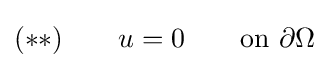
(**)\qquad u=0\qquad {\text{on }}\partial \Omega